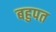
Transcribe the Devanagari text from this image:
बहुपत